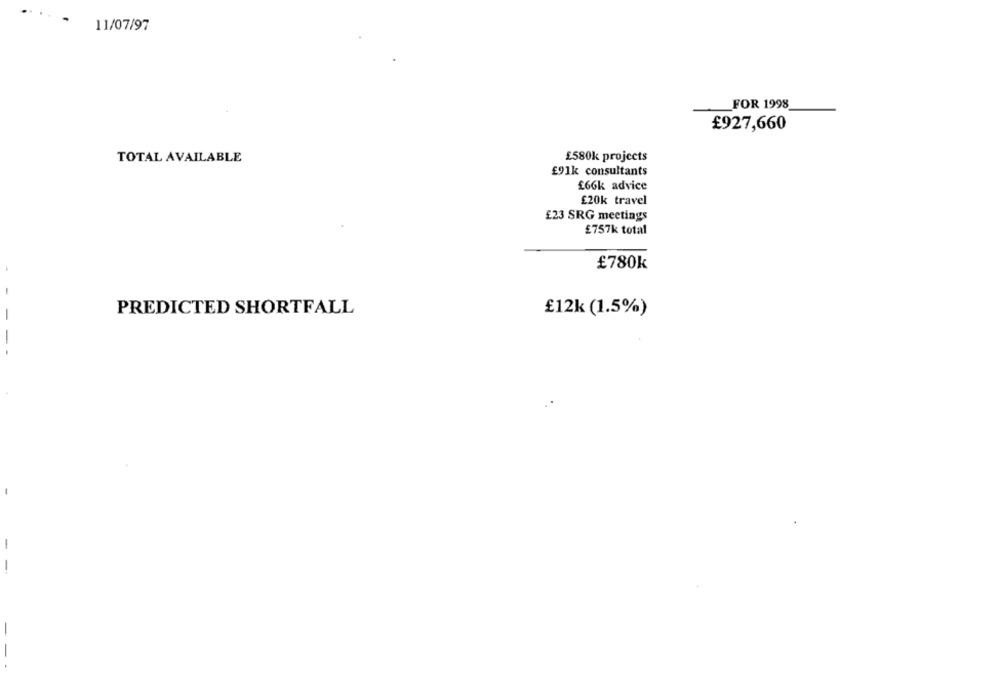
..
11/07/97
FOR 1998
£927,660
TOTAL AVAILABLE
£580k projects
£91k consultants
£66k advice
£20k travel
£23 SRG meetings
£757k total
£780k
PREDICTED SHORTFALL
£12k (1.5%)
-